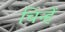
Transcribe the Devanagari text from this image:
चिन्हें